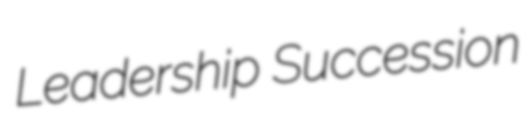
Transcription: Leadership Succession